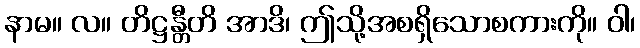
နာမ။ လ။ တိဋ္ဌန္တီတိ အာဒိ၊ ဤသို့အစရှိသောစကားကို။ ဝါ၊